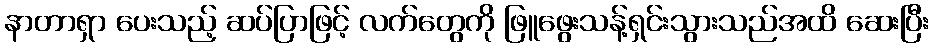
နာတာရှာ ပေးသည့် ဆပ်ပြာဖြင့် လက်တွေကို ဖြူဖွေးသန့်ရှင်းသွားသည်အထိ ဆေးပြီး